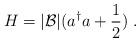
LaTeX: \begin{align*}H = |{\cal B}| (a^\dagger a +\frac{1}{2})~.\end{align*}